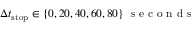
\Delta t _ { \mathrm { s t o p } } \in \{ 0 , 2 0 , 4 0 , 6 0 , 8 0 \} ~ \mathrm { ~ s ~ e ~ c ~ o ~ n ~ d ~ s ~ }